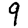
Digit: 9